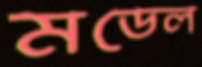
মডেল